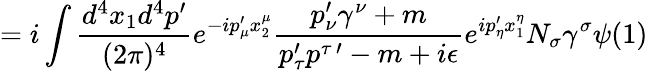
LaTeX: =i\int\frac{d^{4}x_{1}d^{4}p^{\prime}}{(2\pi)^{4}}e^{-ip_{\mu}^{\prime}x_{2}^{\mu}}\frac{p_{\nu}^{\prime}\gamma^{\nu}+m}{p_{\tau}^{\prime}p^{\tau\, \prime}-m+i\epsilon}e^{ip_{\eta}^{\prime}x_{1}^{\eta}}N_{\sigma}\gamma^{\sigma}\psi(1)